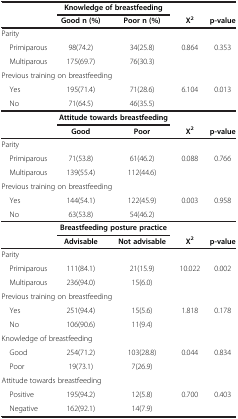
<table><thead><tr><td><b> </b></td><td colspan="2"><b>Knowledge of breastfeeding</b></td><td><b> </b></td><td><b> </b></td></tr><tr><td><b> </b></td><td><b>Good n (%)</b></td><td><b>Poor n (%)</b></td><td><b>X<sup>2</sup></b></td><td><b>p-value</b></td></tr></thead><tbody><tr><td colspan="5">Parity</td></tr><tr><td> Primiparous</td><td>98(74.2)</td><td>34(25.8)</td><td>0.864</td><td>0.353</td></tr><tr><td> Multiparous</td><td>175(69.7)</td><td>76(30.3)</td><td> </td><td> </td></tr><tr><td colspan="5">Previous training on breastfeeding</td></tr><tr><td> Yes</td><td>195(71.4)</td><td>71(28.6)</td><td>6.104</td><td>0.013</td></tr><tr><td> No</td><td>71(64.5)</td><td>46(35.5)</td><td> </td><td> </td></tr><tr><td> </td><td colspan="2"><b>Attitude towards breastfeeding</b></td><td> </td><td> </td></tr><tr><td> </td><td><b>Good</b></td><td><b>Poor</b></td><td><b>X</b><sup><b>2</b></sup></td><td><b>p-value</b></td></tr><tr><td colspan="5">Parity</td></tr><tr><td> Primiparous</td><td>71(53.8)</td><td>61(46.2)</td><td>0.088</td><td>0.766</td></tr><tr><td> Multiparous</td><td>139(55.4)</td><td>112(44.6)</td><td> </td><td> </td></tr><tr><td colspan="5">Previous training on breastfeeding</td></tr><tr><td> Yes</td><td>144(54.1)</td><td>122(45.9)</td><td>0.003</td><td>0.958</td></tr><tr><td> No</td><td>63(53.8)</td><td>54(46.2)</td><td> </td><td> </td></tr><tr><td> </td><td colspan="2"><b>Breastfeeding posture practice</b></td><td> </td><td> </td></tr><tr><td> </td><td><b>Advisable</b></td><td><b>Not advisable</b></td><td><b>X</b><sup><b>2</b></sup></td><td><b>p-value</b></td></tr><tr><td colspan="5">Parity</td></tr><tr><td> Primiparous</td><td>111(84.1)</td><td>21(15.9)</td><td>10.022</td><td>0.002</td></tr><tr><td> Multiparous</td><td>236(94.0)</td><td>15(6.0)</td><td> </td><td> </td></tr><tr><td colspan="5">Previous training on breastfeeding</td></tr><tr><td> Yes</td><td>251(94.4)</td><td>15(5.6)</td><td>1.818</td><td>0.178</td></tr><tr><td> No</td><td>106(90.6)</td><td>11(9.4)</td><td> </td><td> </td></tr><tr><td colspan="5">Knowledge of breastfeeding</td></tr><tr><td> Good</td><td>254(71.2)</td><td>103(28.8)</td><td>0.044</td><td>0.834</td></tr><tr><td> Poor</td><td>19(73.1)</td><td>7(26.9)</td><td> </td><td> </td></tr><tr><td colspan="5">Attitude towards breastfeeding</td></tr><tr><td> Positive</td><td>195(94.2)</td><td>12(5.8)</td><td>0.700</td><td>0.403</td></tr><tr><td> Negative</td><td>162(92.1)</td><td>14(7.9)</td><td> </td><td> </td></tr></tbody></table>